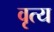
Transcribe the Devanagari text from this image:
वृत्य